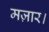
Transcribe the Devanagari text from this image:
मज़ार।